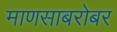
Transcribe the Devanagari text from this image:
माणसाबरोबर